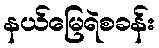
နယ်မြေရဲစခန်း